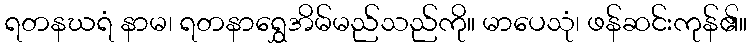
ရတနဃရံ နာမ၊ ရတနာရွှေအိမ်မည်သည်ကို။ မာပေသုံ၊ ဖန်ဆင်းကုန်၏။